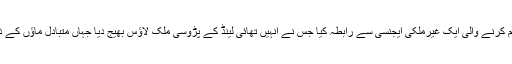
مرنے والے جوڑے کے والدین نے متبادل مائیں فراہم کرنے والی ایک غیرملکی ایجنسی سے رابطہ کیا جس نے انہیں تھائی لینڈ کے پڑوسی ملک لاؤس بھیج دیا جہاں متبادل ماؤں کے ذریعے بچوں کی پیدائش کو قانونی درجہ حاصل ہے۔